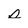
Character: s